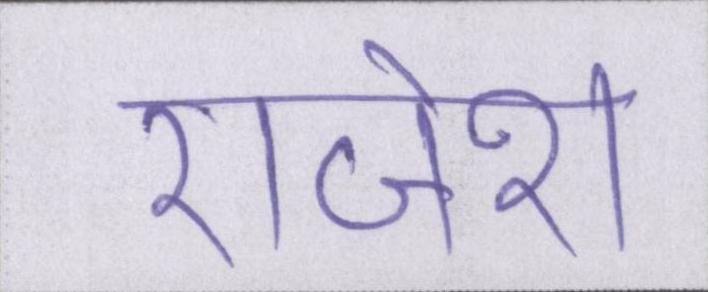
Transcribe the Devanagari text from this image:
राजेश